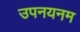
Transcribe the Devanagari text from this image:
उपनयनम